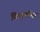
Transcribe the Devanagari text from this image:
विष्नुमन्दिर